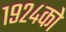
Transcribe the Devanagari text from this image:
१९२४को